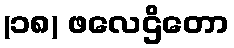
(၁၈) ဖလေဌိတော